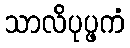
သာလိပုပ္ဖကံ